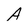
Character: A